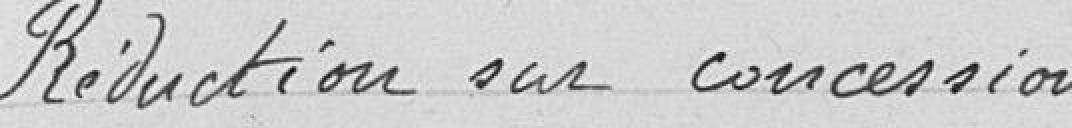
Réduction sur concession